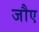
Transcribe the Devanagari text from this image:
जौए